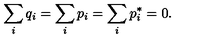
\sum _ { i } q _ { i } = \sum _ { i } p _ { i } = \sum _ { i } p _ { i } ^ { * } = 0 .